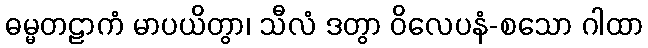
ဓမ္မတဠာကံ မာပယိတွာ၊ သီလံ ဒတွာ ဝိလေပနံ-စသော ဂါထာ